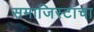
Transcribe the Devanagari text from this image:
समाजिस्टांचा